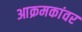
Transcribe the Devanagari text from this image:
आक्रमकांवर